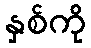
နှစ်ကို